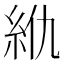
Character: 𰫜